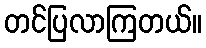
တင်ပြလာကြတယ်။